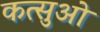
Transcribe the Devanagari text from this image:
कत्सुओ